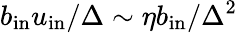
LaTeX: b_{\mathrm{{in}}}u_{\mathrm{{in}}}/\Delta\sim\eta b_{\mathrm{{in}}}/\Delta^{2}